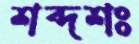
শব্দশঃ